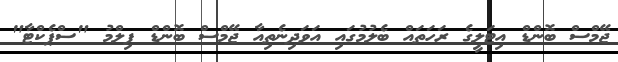
ޖޭމްސް ބޮންޑް އިޓަލީގެ ރަހަތައް ބެލުމުގައި އަވަދިނެތިއާ ޖޭމްސް ބޮންޑް ފިލްމު "ސްޕެކްޓާ"